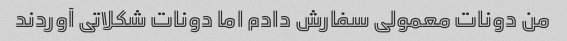
من دونات معمولی سفارش دادم اما دونات شکلاتی آوردند